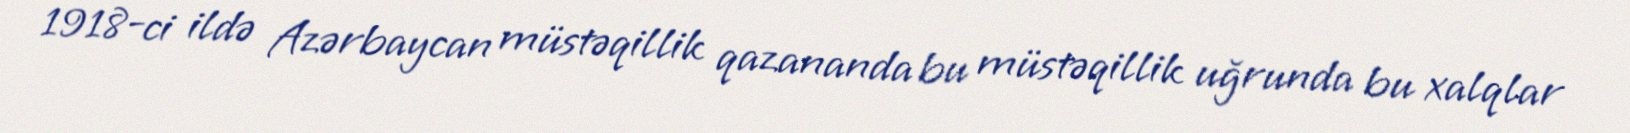
1918-ci ildə Azərbaycan müstəqillik qazananda bu müstəqillik uğrunda bu xalqlar